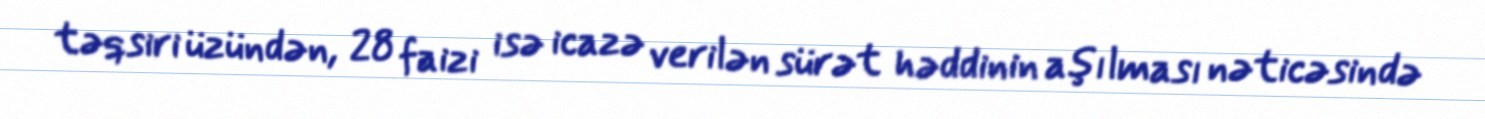
təqsiri üzündən, 28 faizi isə icazə verilən sürət həddinin aşılması nəticəsində